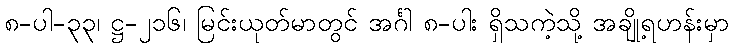
၈-ပါ-၃၃၊ ဋ္ဌ-၂၁၆၊ မြင်းယုတ်မာတွင် အင်္ဂါ ၈-ပါး ရှိသကဲ့သို့ အချို့ရဟန်းမှာ